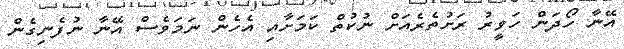
އޭނާ ހޯދަން ހަވީރު ރަށުތެރެއަށް ނުކުތް ކަމަށާއި އެހެން ނަމަވެސް އޭނާ ނުފެނިގެން